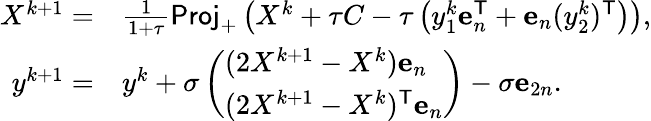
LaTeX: \begin{array}{rl}{X^{k+1}=}&{\frac{1}{1+\tau}\mathsf{Proj}_{+}\left(X^{k}+\tau C-\tau\left(y_{1}^{k}\mathbf{e}_{n}^{\mathsf{T}}+\mathbf{e}_{n}(y_{2}^{k})^{\mathsf{T}}\right)\right),}\\ {y^{k+1}=}&{y^{k}+\sigma\left(\begin{array}{l}{(2X^{k+1}-X^{k})\mathbf{e}_{n}}\\ {(2X^{k+1}-X^{k})^{\mathsf{T}}\mathbf{e}_{n}}\end{array}\right)-\sigma\mathbf{e}_{2n}.}\end{array}